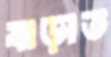
বাড়াত